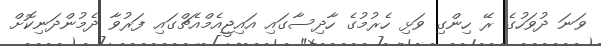
ވަނަ ދުވަހުގެ ރޭ ހިންގި ވަޅި ހެރުމުގެ ހާދިސާގައި އައިޖީއެމްއެޗްގައި ފަރުވާ ދެމުންދަނިކޮށް